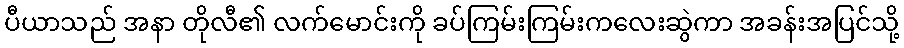
ပီယာသည် အနာ တိုလီ၏ လက်မောင်းကို ခပ်ကြမ်းကြမ်းကလေးဆွဲကာ အခန်းအပြင်သို့